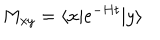
M _ { x y } = \langle x | e ^ { - H t } | y \rangle